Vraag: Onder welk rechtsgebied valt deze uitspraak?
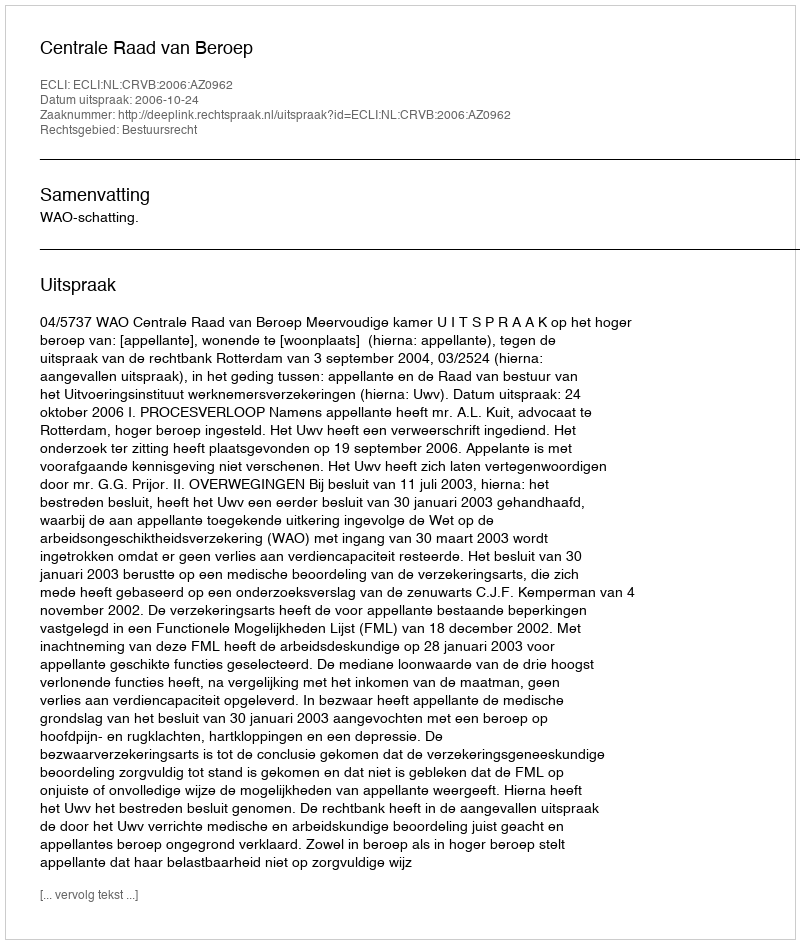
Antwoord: Bestuursrecht